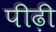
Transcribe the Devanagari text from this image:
पीढ़़ी